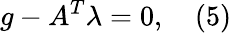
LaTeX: g-A^{T}\lambda=0,\quad(5)